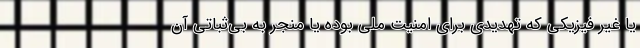
یا غیر فیزیکی که تهدیدی برای امنیت ملی بوده یا منجر به بی‌ثباتی آن